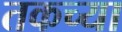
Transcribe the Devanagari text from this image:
तकच्या